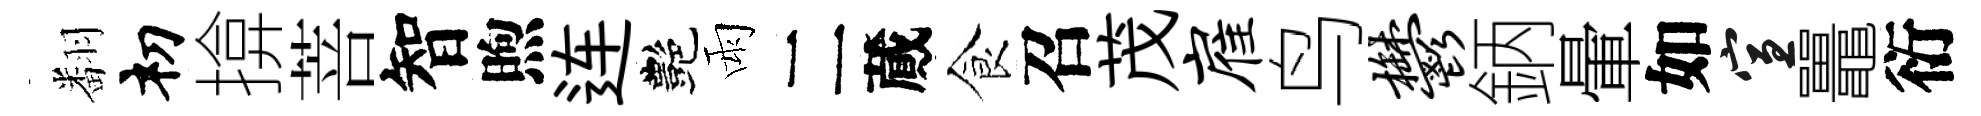
翻𥘉揜菩智煦连艷雨二蕆食召茂雇鸟郁鈵暈如宣鼉衍